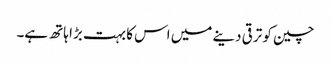
چین کو ترقی دینے میں اس کا بہت بڑا ہاتھ ہے۔